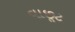
વાછૂટ